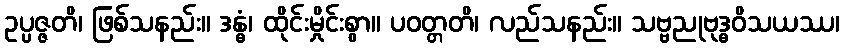
ဥပ္ပဇ္ဇတိ၊ ဖြစ်သနည်း။ ဒန္ဓံ၊ ထိုင်းမှိုင်းစွာ။ ပဝတ္တတိ၊ လည်သနည်း။ သဗ္ဗညုဗုဒ္ဓဝိသယဿ၊